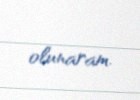
olunaram.